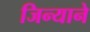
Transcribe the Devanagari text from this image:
जिन्याने